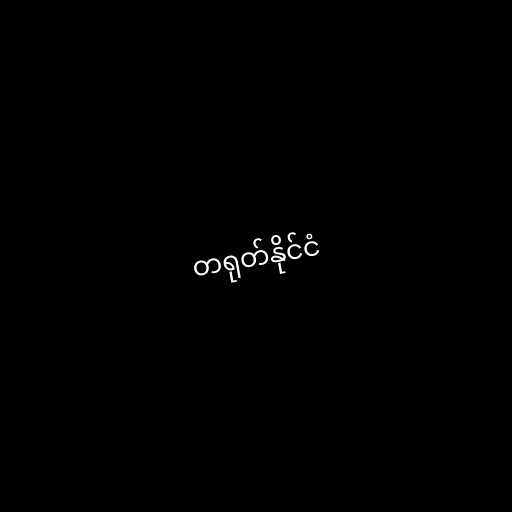
တရုတ်နိုင်ငံ